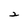
Character: 2